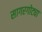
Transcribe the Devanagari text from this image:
सागरगोट्या